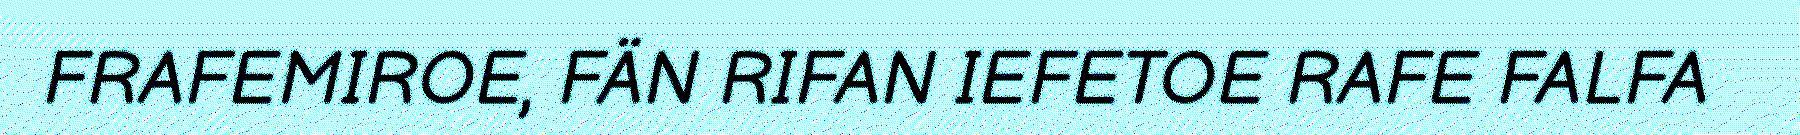
FRAFEMIROE, FÄN RIFAN IEFETOE RAFE FALFA